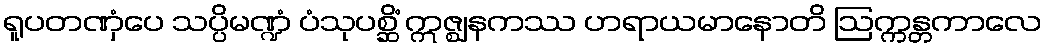
ရူပတဏှံပေ သပ္ပိမဏ္ဍံ ပံသုပစ္ဆိံ ဣဇ္ဈနကဿ ဟရာယမာနောတိ ဩက္ကန္တကာလေ